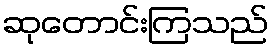
ဆုတောင်းကြသည်